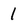
Character: 1